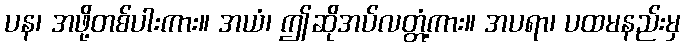
ပန၊ အဖို့တစ်ပါးကား။ အယံ၊ ဤဆိုအပ်လတ္တံ့ကား။ အပရာ၊ ပထမနည်းမှ